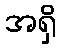
အရှိ